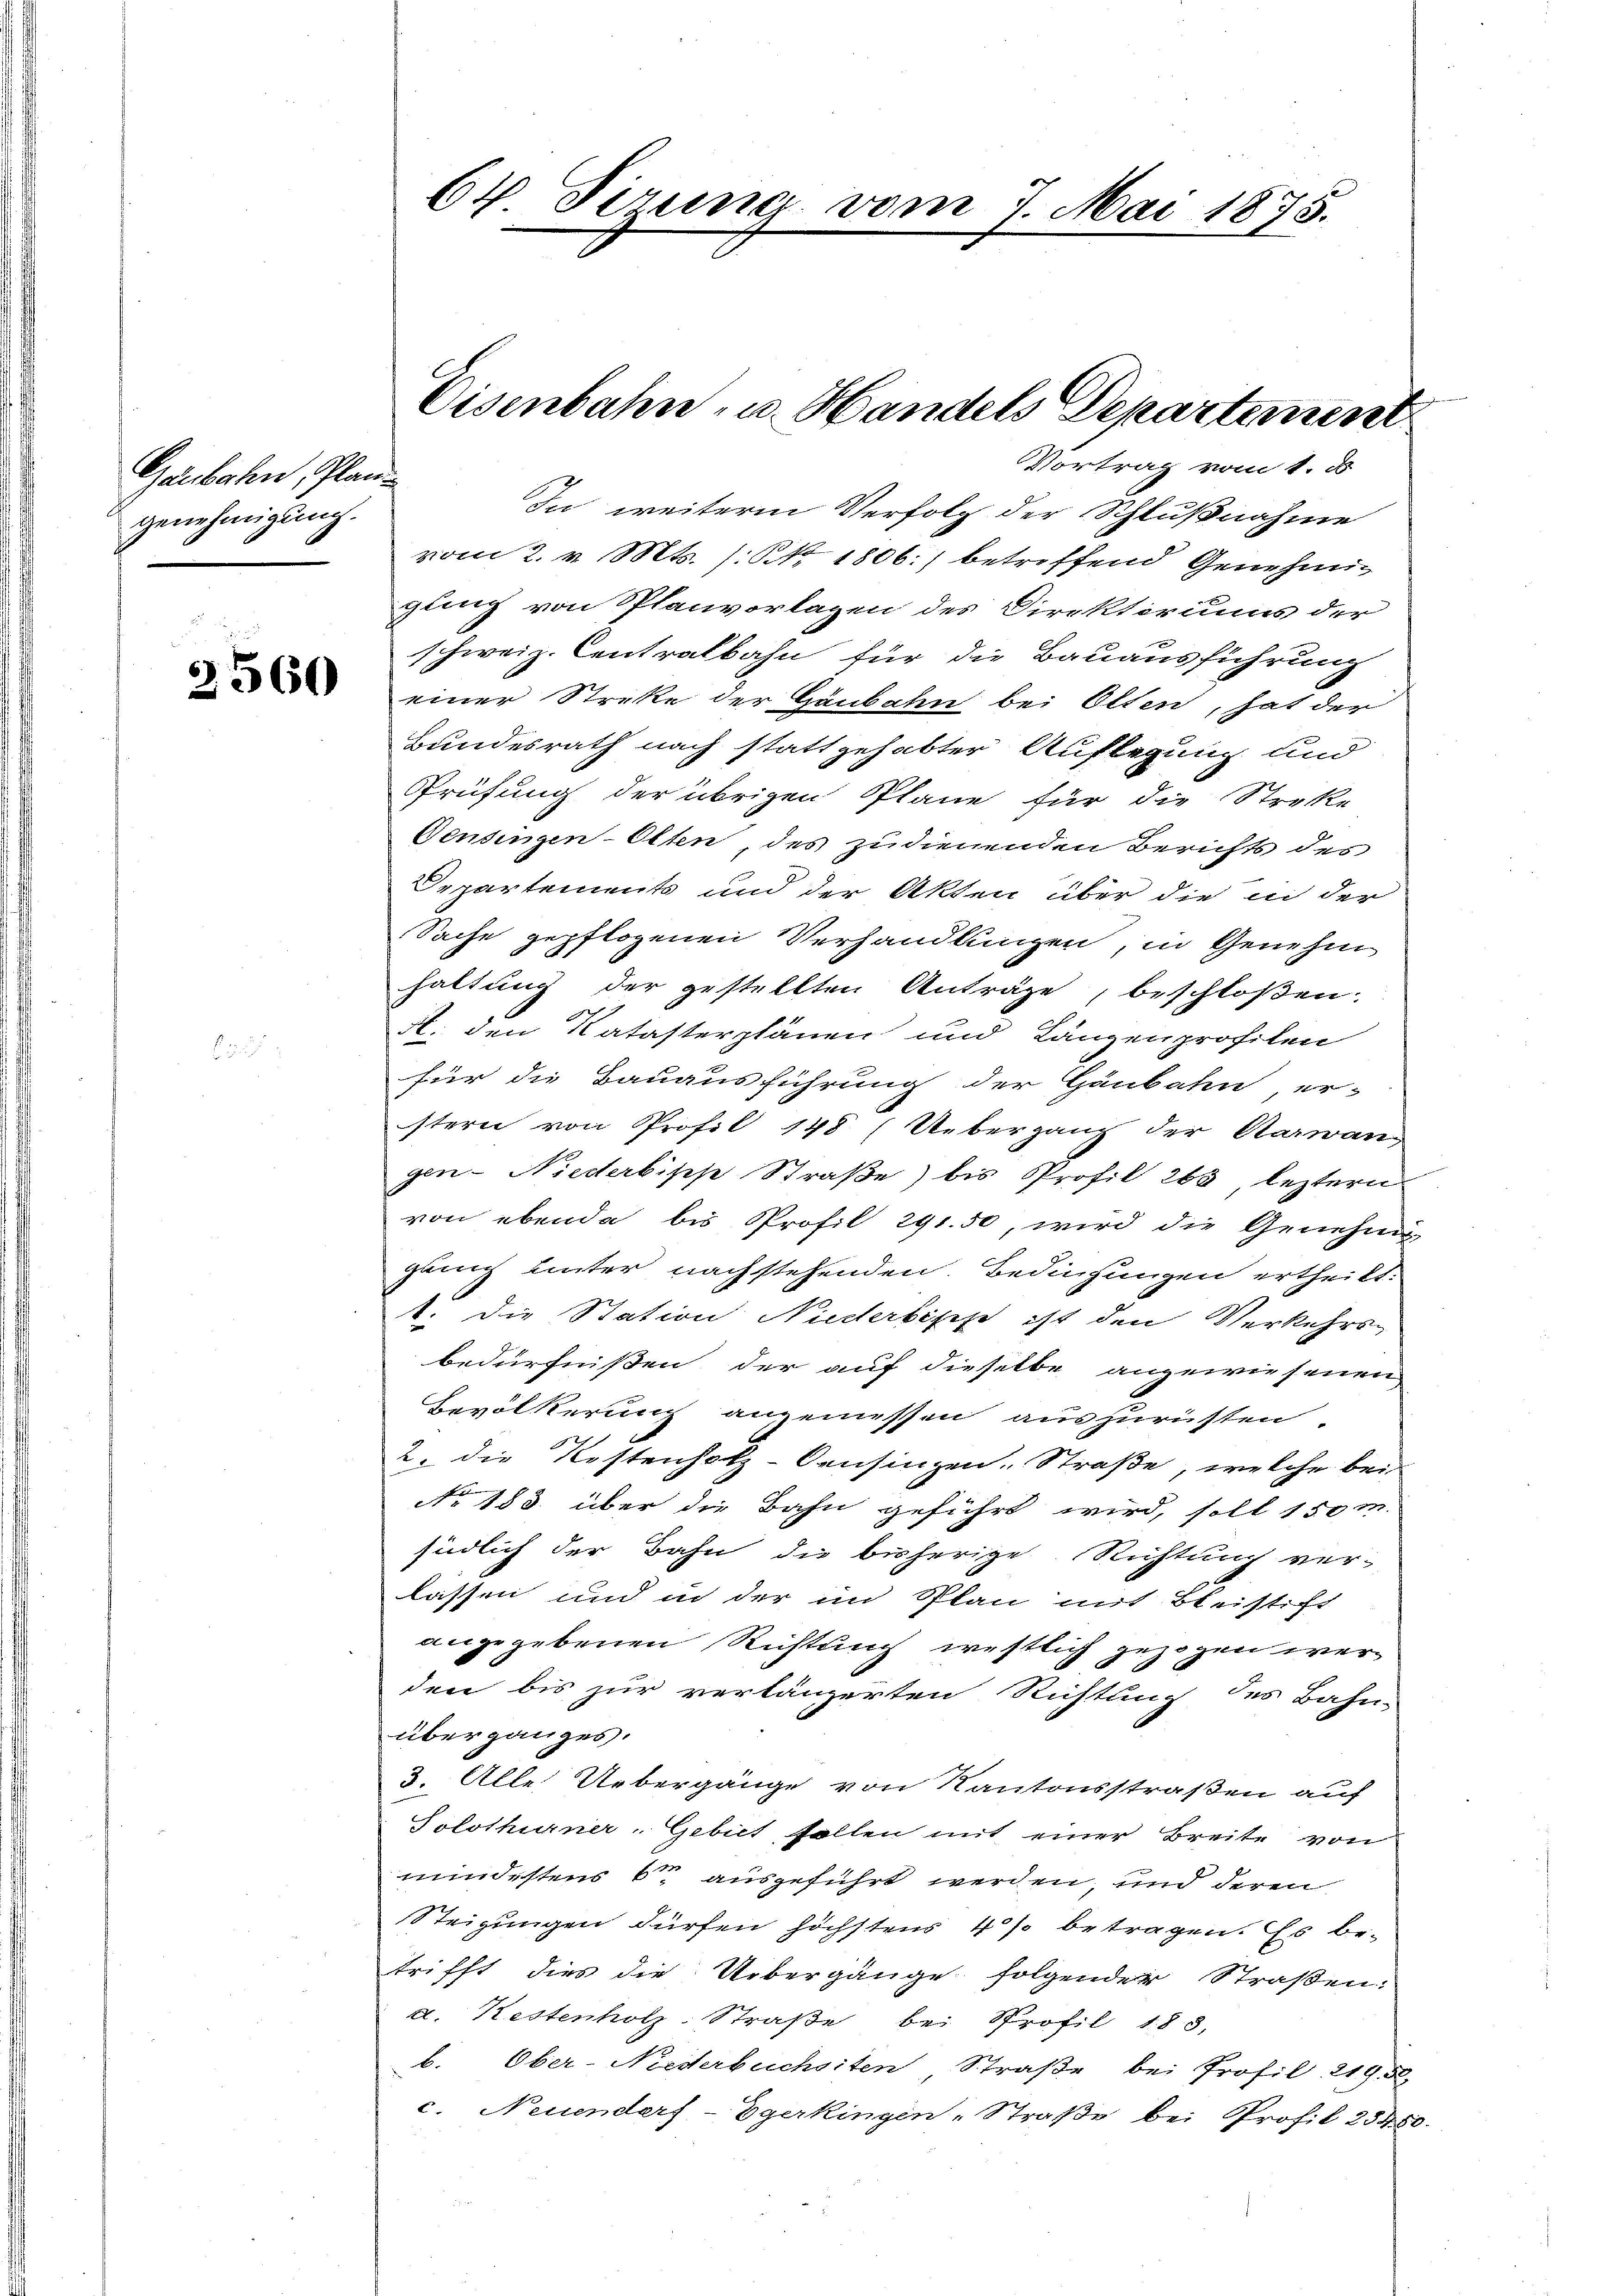
Gaubahn, Planz
genehmigung.

2560

64 Firung vom 7. Mai 1875.

Eisenbahn- u. Handels Departement
Vortrag vom 1. d.

In weitere Verfolg der Schlußnahme
vom 2. v. Mts. (: St. 1806.) betreffend Genehmi
gung von Splanvorlagen des Direktoriums der
schweiz. Centralbahn für die Bauausführung
einer Strekte der Häubahn bei Olten, hat der
Bundesrath nach stattgehabter Auflegung und
Prüfung der übrigen Pläne für die Streke
Gensingen-Olten, des zudienenden Berichts des
Departements und der Akten über die in der
Sache gepflogenen Verhandlungen, in Genehm
haltung der gestellten Anträge, beschloßen:
A. den Katasterplänen und Längenprofilen
für die Bauausführung der Gänbahn er-
stern von Profil 148 (Uebergang der Aarwangen-Niederbische Straße) bis Profil 263, leztern
von ebende bis Profil 291. 50, wird die Genehmig
gung unter nachstehenden Bedingungen ertheilt.
1. die Station Niederbisch ist den Verkehrs-
bedürfnißen der auf dieselbe angewiesenen
Bevölkerung angemessen auszurüsten.
2. die Kostenholz-Censinzen-Straße, welche bei
No. 183. über die Bahn geführt wird, soll 150 m.
südlich der Bahn die bisherige Richtung ver-
lassen und in der im Plan mit Bleistift
angegebenen Richtung westlich gezogen werden bis zur verlängerten Richtung des Bahn-
überganges.
3. Alle Uebergänge von Kantonsstraßen auf
Solothurner Gebiet, sollen mit einer Breite von
mindestens 6 ausgeführt werden, und deren
Steigungen dürfen höchstens 4 % betragen. Es be-
trifft dies die Uebergänge folgender Straßen:
d. Kestenholz-Straße bei Profil 183,
b. Ober-Niederbuchsten Straße bei Profil 21950,
c. Neuenders - Egerkingen Straße bei Profil 25450.